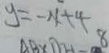
y = - x + 4